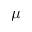
\mu